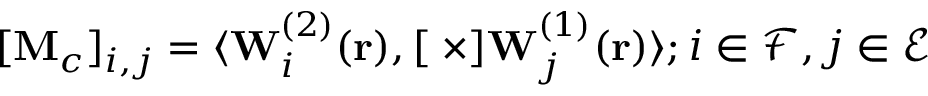
[ \mathbf { M } _ { c } ] _ { i , j } = \langle \mathbf { W } _ { i } ^ { ( 2 ) } ( \mathbf { r } ) , [ \mathbf { \nabla \times } ] \mathbf { W } _ { j } ^ { ( 1 ) } ( \mathbf { r } ) \rangle ; i \in \mathcal { F } , j \in \mathcal { E }